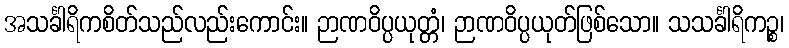
အသင်္ခါရိကစိတ်သည်လည်းကောင်း။ ဉာဏဝိပ္ပယုတ္တံ၊ ဉာဏဝိပ္ပယုတ်ဖြစ်သော။ သသင်္ခါရိကဉ္စ၊